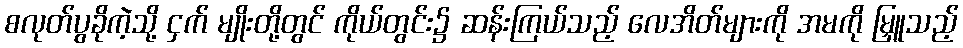
စလုတ်ပွခိုကဲ့သို့ ငှက် မျိုးတို့တွင် ကိုယ်တွင်း၌ ဆန်းကြယ်သည့် လေအိတ်များကို အမကို မြှူသည့်